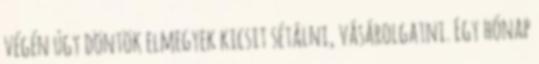
végén úgy döntök elmegyek kicsit sétálni, vásárolgatni. Egy hónap